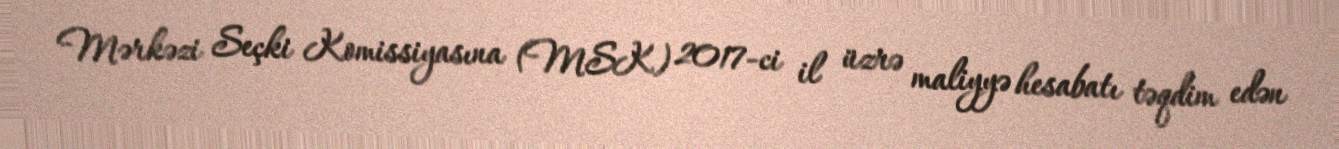
Mərkəzi Seçki Komissiyasına (MSK) 2017-ci il üzrə maliyyə hesabatı təqdim edən